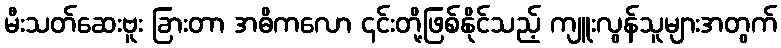
မီးသတ်ဆေးဗူး ခြားတာ အဓိကလော ၎င်းတို့ဖြစ်နိုင်သည့် ကျူးလွန်သူများအတွက်